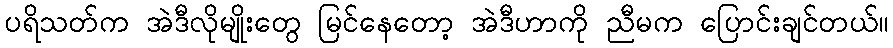
ပရိသတ်က အဲဒီလိုမျိုးတွေ မြင်နေတော့ အဲဒီဟာကို ညီမက ပြောင်းချင်တယ်။